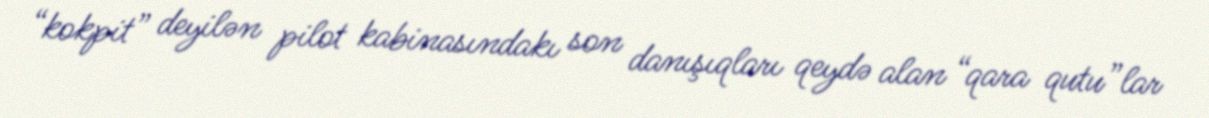
“kokpit” deyilən pilot kabinasındakı son danışıqları qeydə alan “qara qutu”lar